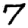
Digit: 7